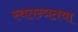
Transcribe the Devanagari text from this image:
स्वतन्त्रतया